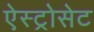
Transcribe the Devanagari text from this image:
ऐस्ट्रोसेट